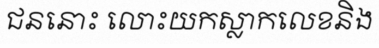
ជននោះ លោះយកស្លាកលេខនិង